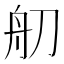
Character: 舠